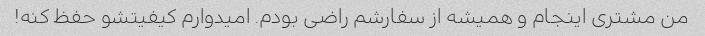
من مشتری اینجام و همیشه از سفارشم راضی بودم. امیدوارم کیفیتشو حفظ کنه!